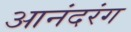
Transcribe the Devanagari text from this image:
आनंदरंग